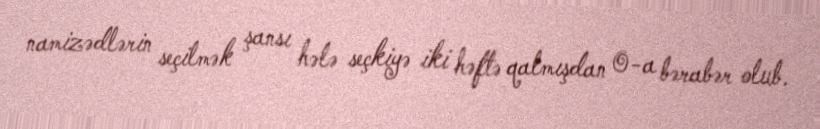
namizədlərin seçilmək şansı hələ seçkiyə iki həftə qalmışdan 0-a bərabər olub.